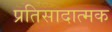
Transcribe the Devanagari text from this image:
प्रतिसादात्मक